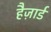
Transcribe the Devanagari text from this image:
हैज़ार्ड